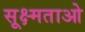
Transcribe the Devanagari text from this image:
सूक्ष्मताओ